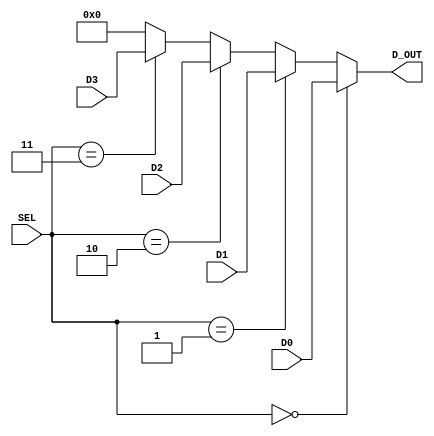
module mux_4t1_nb(SEL, D0, D1, D2, D3, D_OUT); 
       input  [1:0] SEL; 
       input  [n-1:0] D0, D1, D2, D3; 
       output reg [n-1:0] D_OUT;  
       
       parameter n = 8; 
        
       always @(SEL, D0, D1, D2, D3)
       begin 
          if      (SEL == 0)  D_OUT = D0;
          else if (SEL == 1)  D_OUT = D1; 
          else if (SEL == 2)  D_OUT = D2; 
          else if (SEL == 3)  D_OUT = D3; 
          else                D_OUT = 0; 
       end
                
endmodule